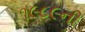
૧૯૮૯ની